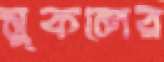
সুকলের